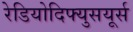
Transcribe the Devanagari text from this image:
रेडियोदिफ्युसयूर्स